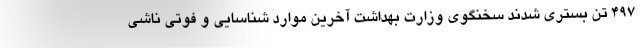
۴۹۷ تن بستری شدند سخنگوی وزارت بهداشت آخرین موارد شناسایی و فوتی ناشی